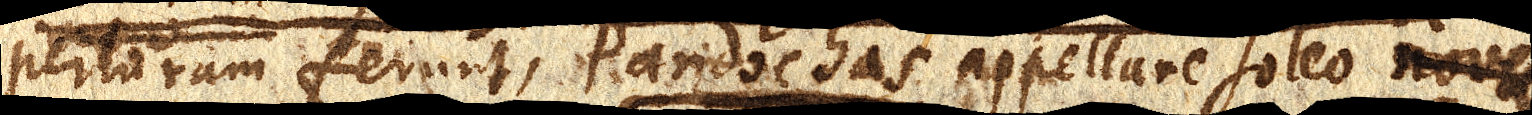
perturam ferunt, Pandochas appellare soleo novum